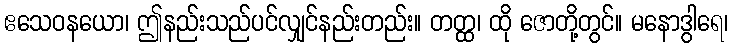
ဧသေဝနယော၊ ဤနည်းသည်ပင်လျှင်နည်းတည်း။ တတ္ထ၊ ထို ဇောတို့တွင်။ မနောဒွါရေ၊